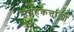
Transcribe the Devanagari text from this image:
संग्रहकर्त्ताओं